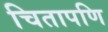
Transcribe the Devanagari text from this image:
चितापणि